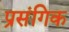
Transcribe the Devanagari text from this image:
प्रसंगिक